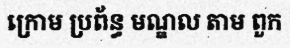
ក្រោម ប្រព័ន្ធ មណ្ឌល តាម ពួក